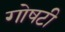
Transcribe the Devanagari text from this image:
गोषटी